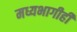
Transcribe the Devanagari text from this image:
मध्यभागीही